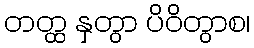
တတ္ထ နှတွာ ပိဝိတွာစ၊